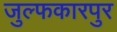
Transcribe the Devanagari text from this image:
जुल्फकारपुर